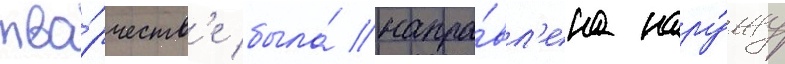
тво́рчеств'е была́ напра́вл'ена нару́жу